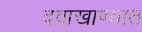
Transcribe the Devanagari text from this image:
दवाखाण्यात